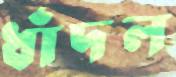
ধাঁদল